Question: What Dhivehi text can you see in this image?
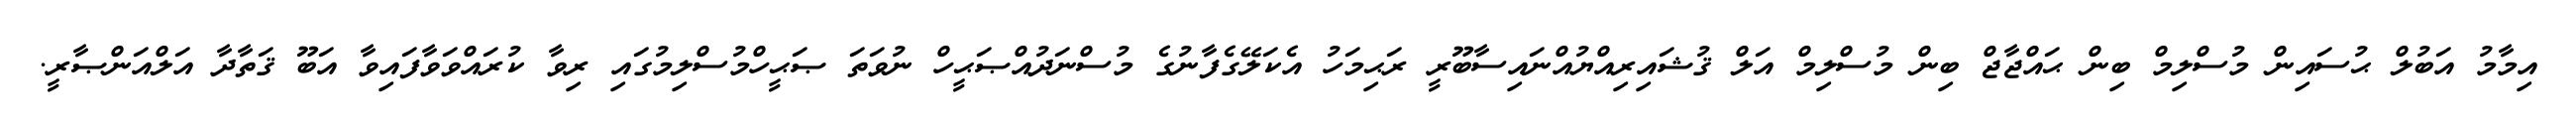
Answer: އިމާމު އަބުލް ޙުސައިން މުސްލިމް ބިން ޙައްޖާޖް ބިން މުސްލިމް އަލް ޤުޝައިރިއްޔުއްނައިސާބޫރީ ރަޙިމަހު އެކަލޭގެފާނުގެ މުސްނަދުއްޞަޙީހް ނުވަތަ ޞަޙީހްމުސްލިމުގައި ރިވާ ކުރައްވަވާފައިވާ އަބޫ ޤަތާދާ އަލްއަންޞާރީ.